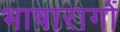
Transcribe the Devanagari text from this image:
भाषारागों